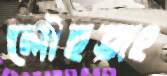
লৌহজং